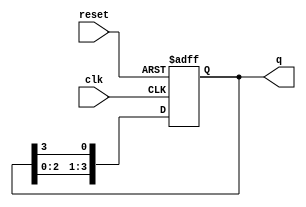
module synchronous_ring_counter (
    input wire clk,      // Clock signal
    input wire reset,    // Asynchronous reset signal
    output reg [N-1:0] q // Output state of the counter
);
    parameter N = 4; // Number of bits/flip-flops in the ring counter
    
    always @(posedge clk or posedge reset) begin
        if (reset) begin
            // Initialize the counter (set first flip-flop to 1)
            q <= 1'b1 << 0; // Set FF0 to 1, all others to 0
        end else begin
            // Shift the '1' to the next flip-flop
            q <= {q[N-2:0], q[N-1]}; // Shift left and feed back the last bit
        end
    end
endmodule